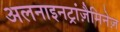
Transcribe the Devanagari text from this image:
अलनाइनट्रांज़ैमिनेज़